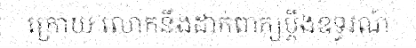
ក្រោយ លោកនឹងដាក់ពាក្យប្តឹងឧទ្ធរណ៍